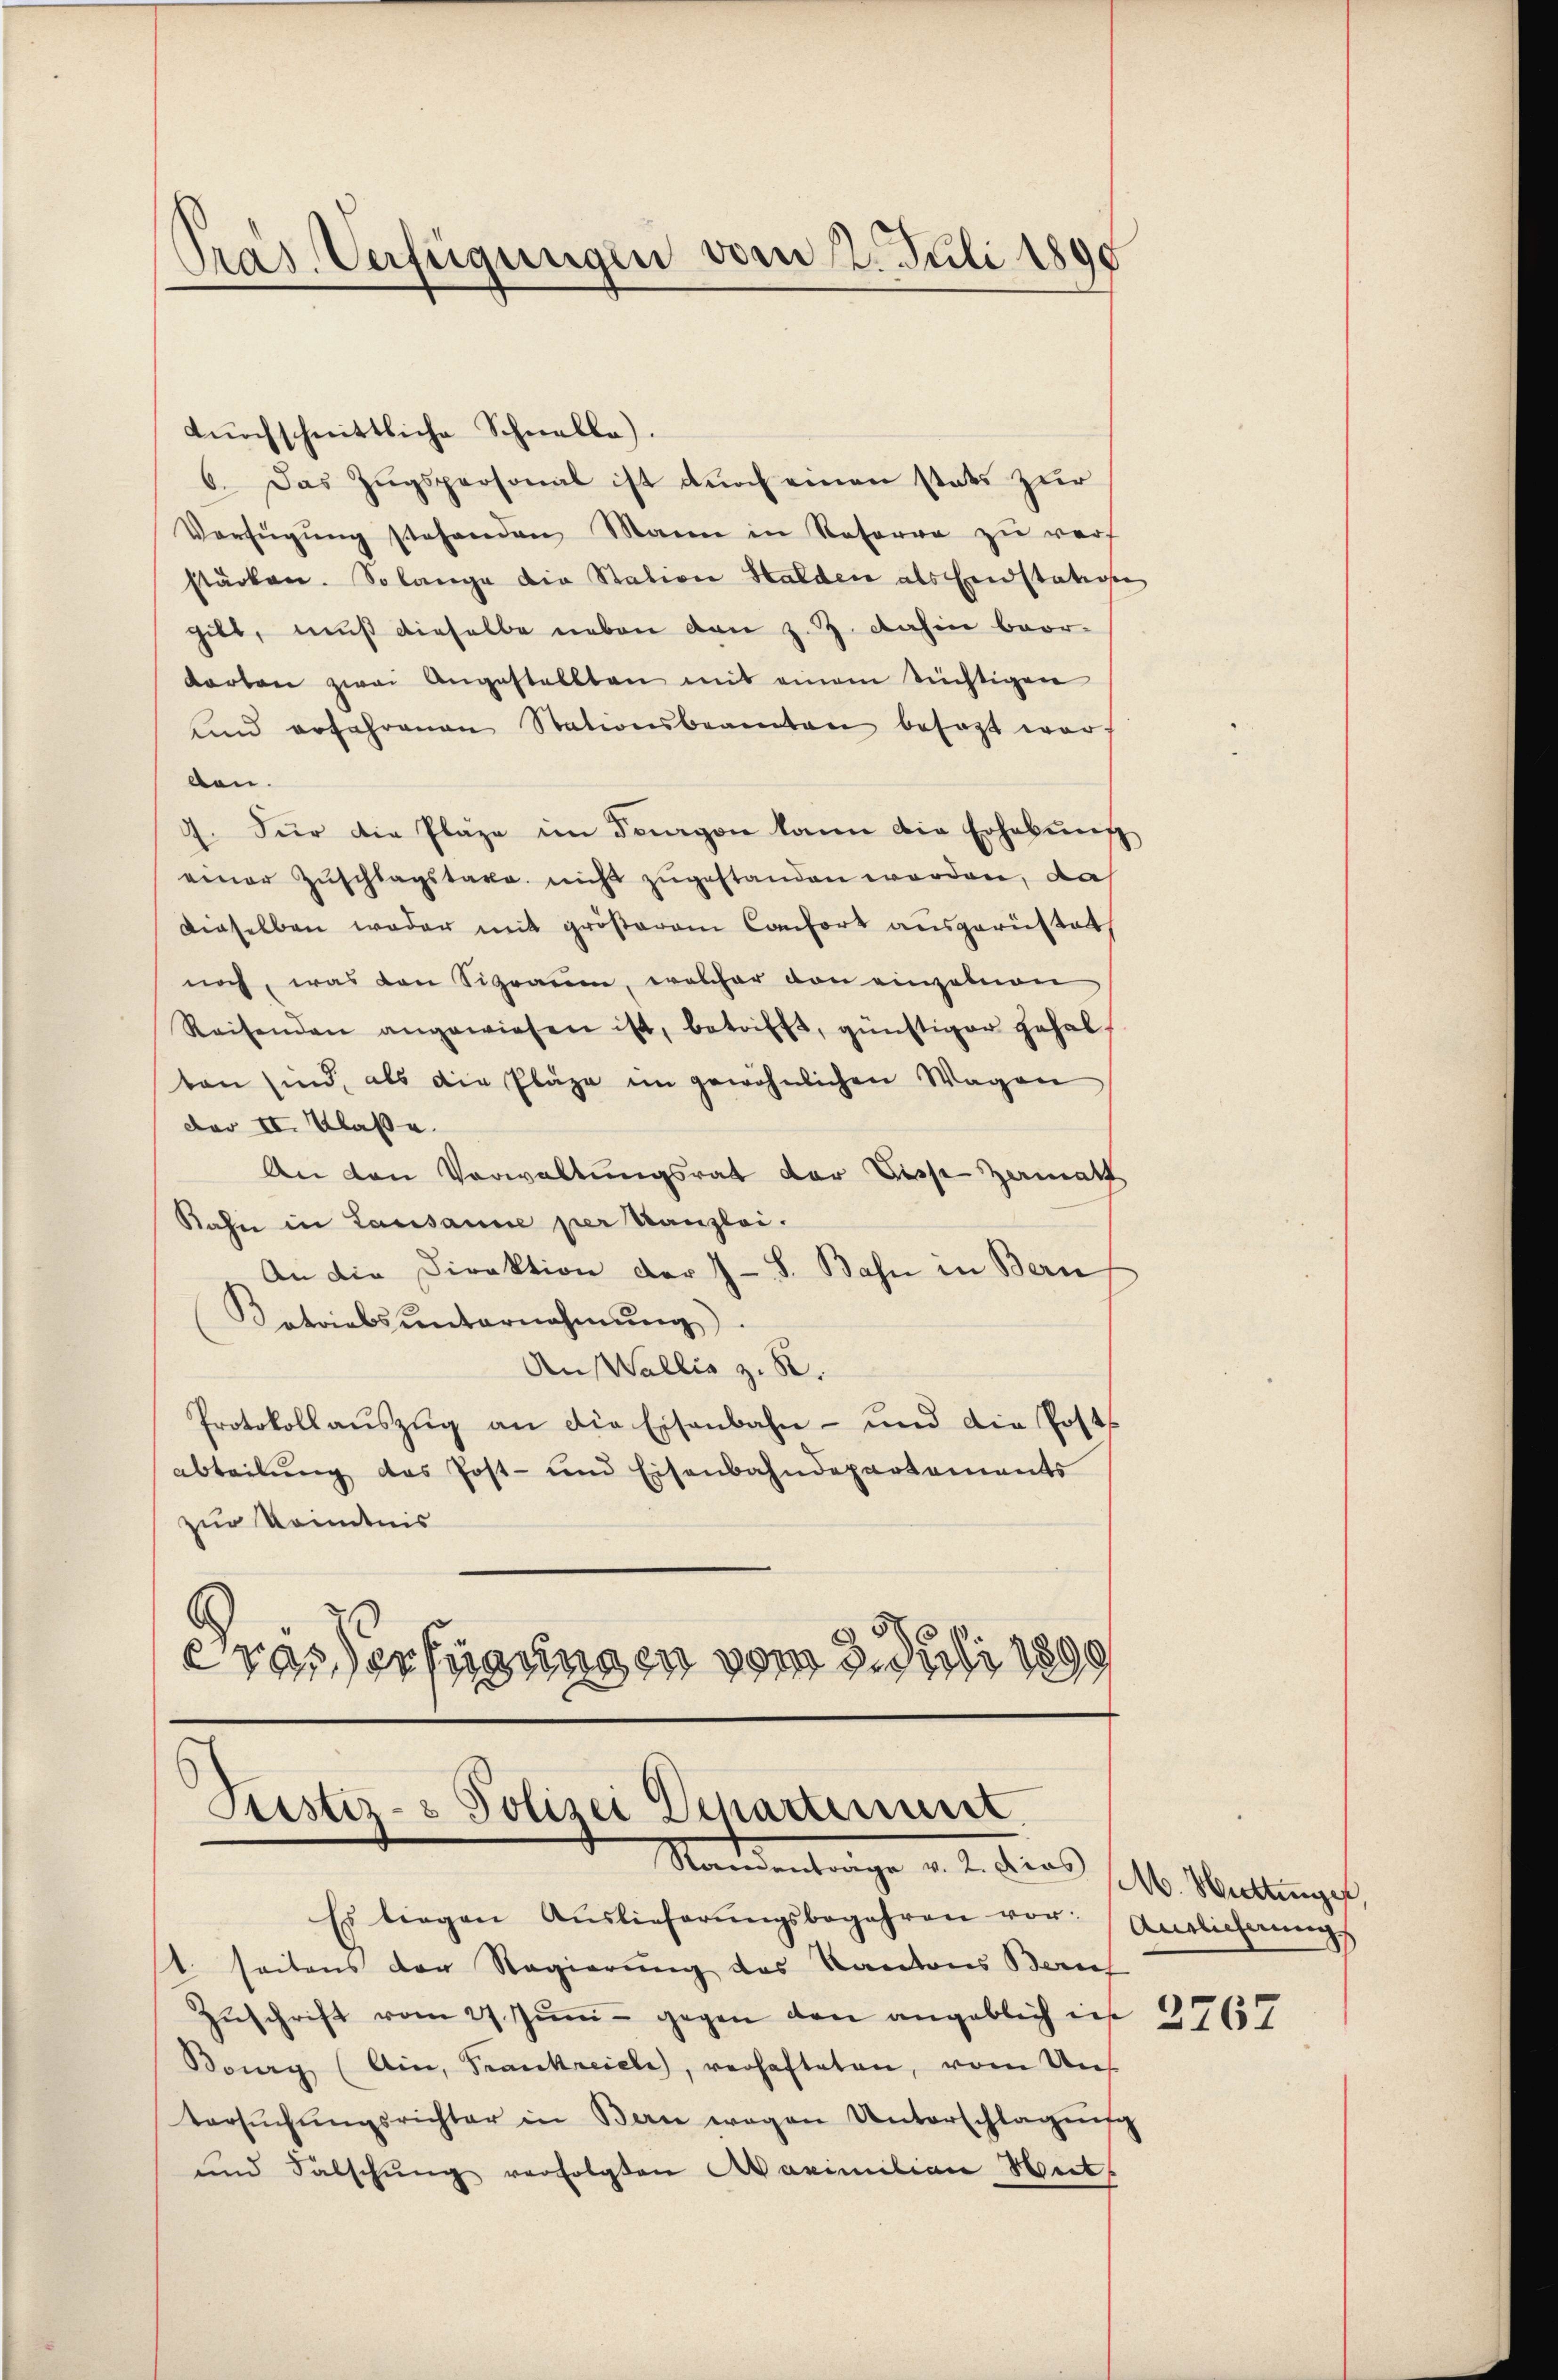
Pras. Verfügungen vom 2. Juli 1890

durchschnittliche Schnelle).
6. Das Zugspersonal ist durch einen stats zur
Verfügŭng stehenden Mann in Reserva zŭ verf
stärken. Solange die Station Halden als Eidstation
gibt, muß dieselbe neben den z. Z. dahin beor-
Karten zwei Angestellten mit einem tüchtigen
und erfahrenen Stationsbeamten besagt war,
ben.
Für die Pläge im Tagen kann die Erhebŭng
d
einer Zŭschlagstaxe nicht zugestanden worden, das
dieselben weder mit größerem Confort ausgerüstet
noch, was den Sigraum, welcher von einzelnen
Reisenden angewiesen ist, betrifft, günstiger gehal
ten sind, als die Plaze im gewöhnlichen Wagen
der II. Klasse.
An den Verwaltungsrat der Disse-Zamatt
Rahn in Lausanne per Kanzlei.
An die Direktion der 7 - 8. Bahn in Bern
Kotriebs unternehmung
An Wallis z. B.
Protokoll aŭszŭg an die Eisenbahn - und die Postabteilung das Post- und Eisenbahndepartements
zur Kenntnis
s
eras Verfügungen vom 3. Juli 1890

Pustiz- & Polizei Departement.
Standentrage v. 2. Dans /. M. Wartengef

Es liegen Aŭslieferŭngsbegehren vor: Antlicherŭng
st seitens der Regierung des Kantons Bern
Zŭschrift vom 27. Jŭni - gegen den angeblich in 37657
Bourg (Ain, Frankreiele, verhafteten, vom Uns
tersŭchŭngsrichter in Bern wegen Unterschlagung
und Falschung verfolgten Akarinition Seit